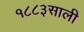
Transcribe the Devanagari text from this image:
१८८३साली